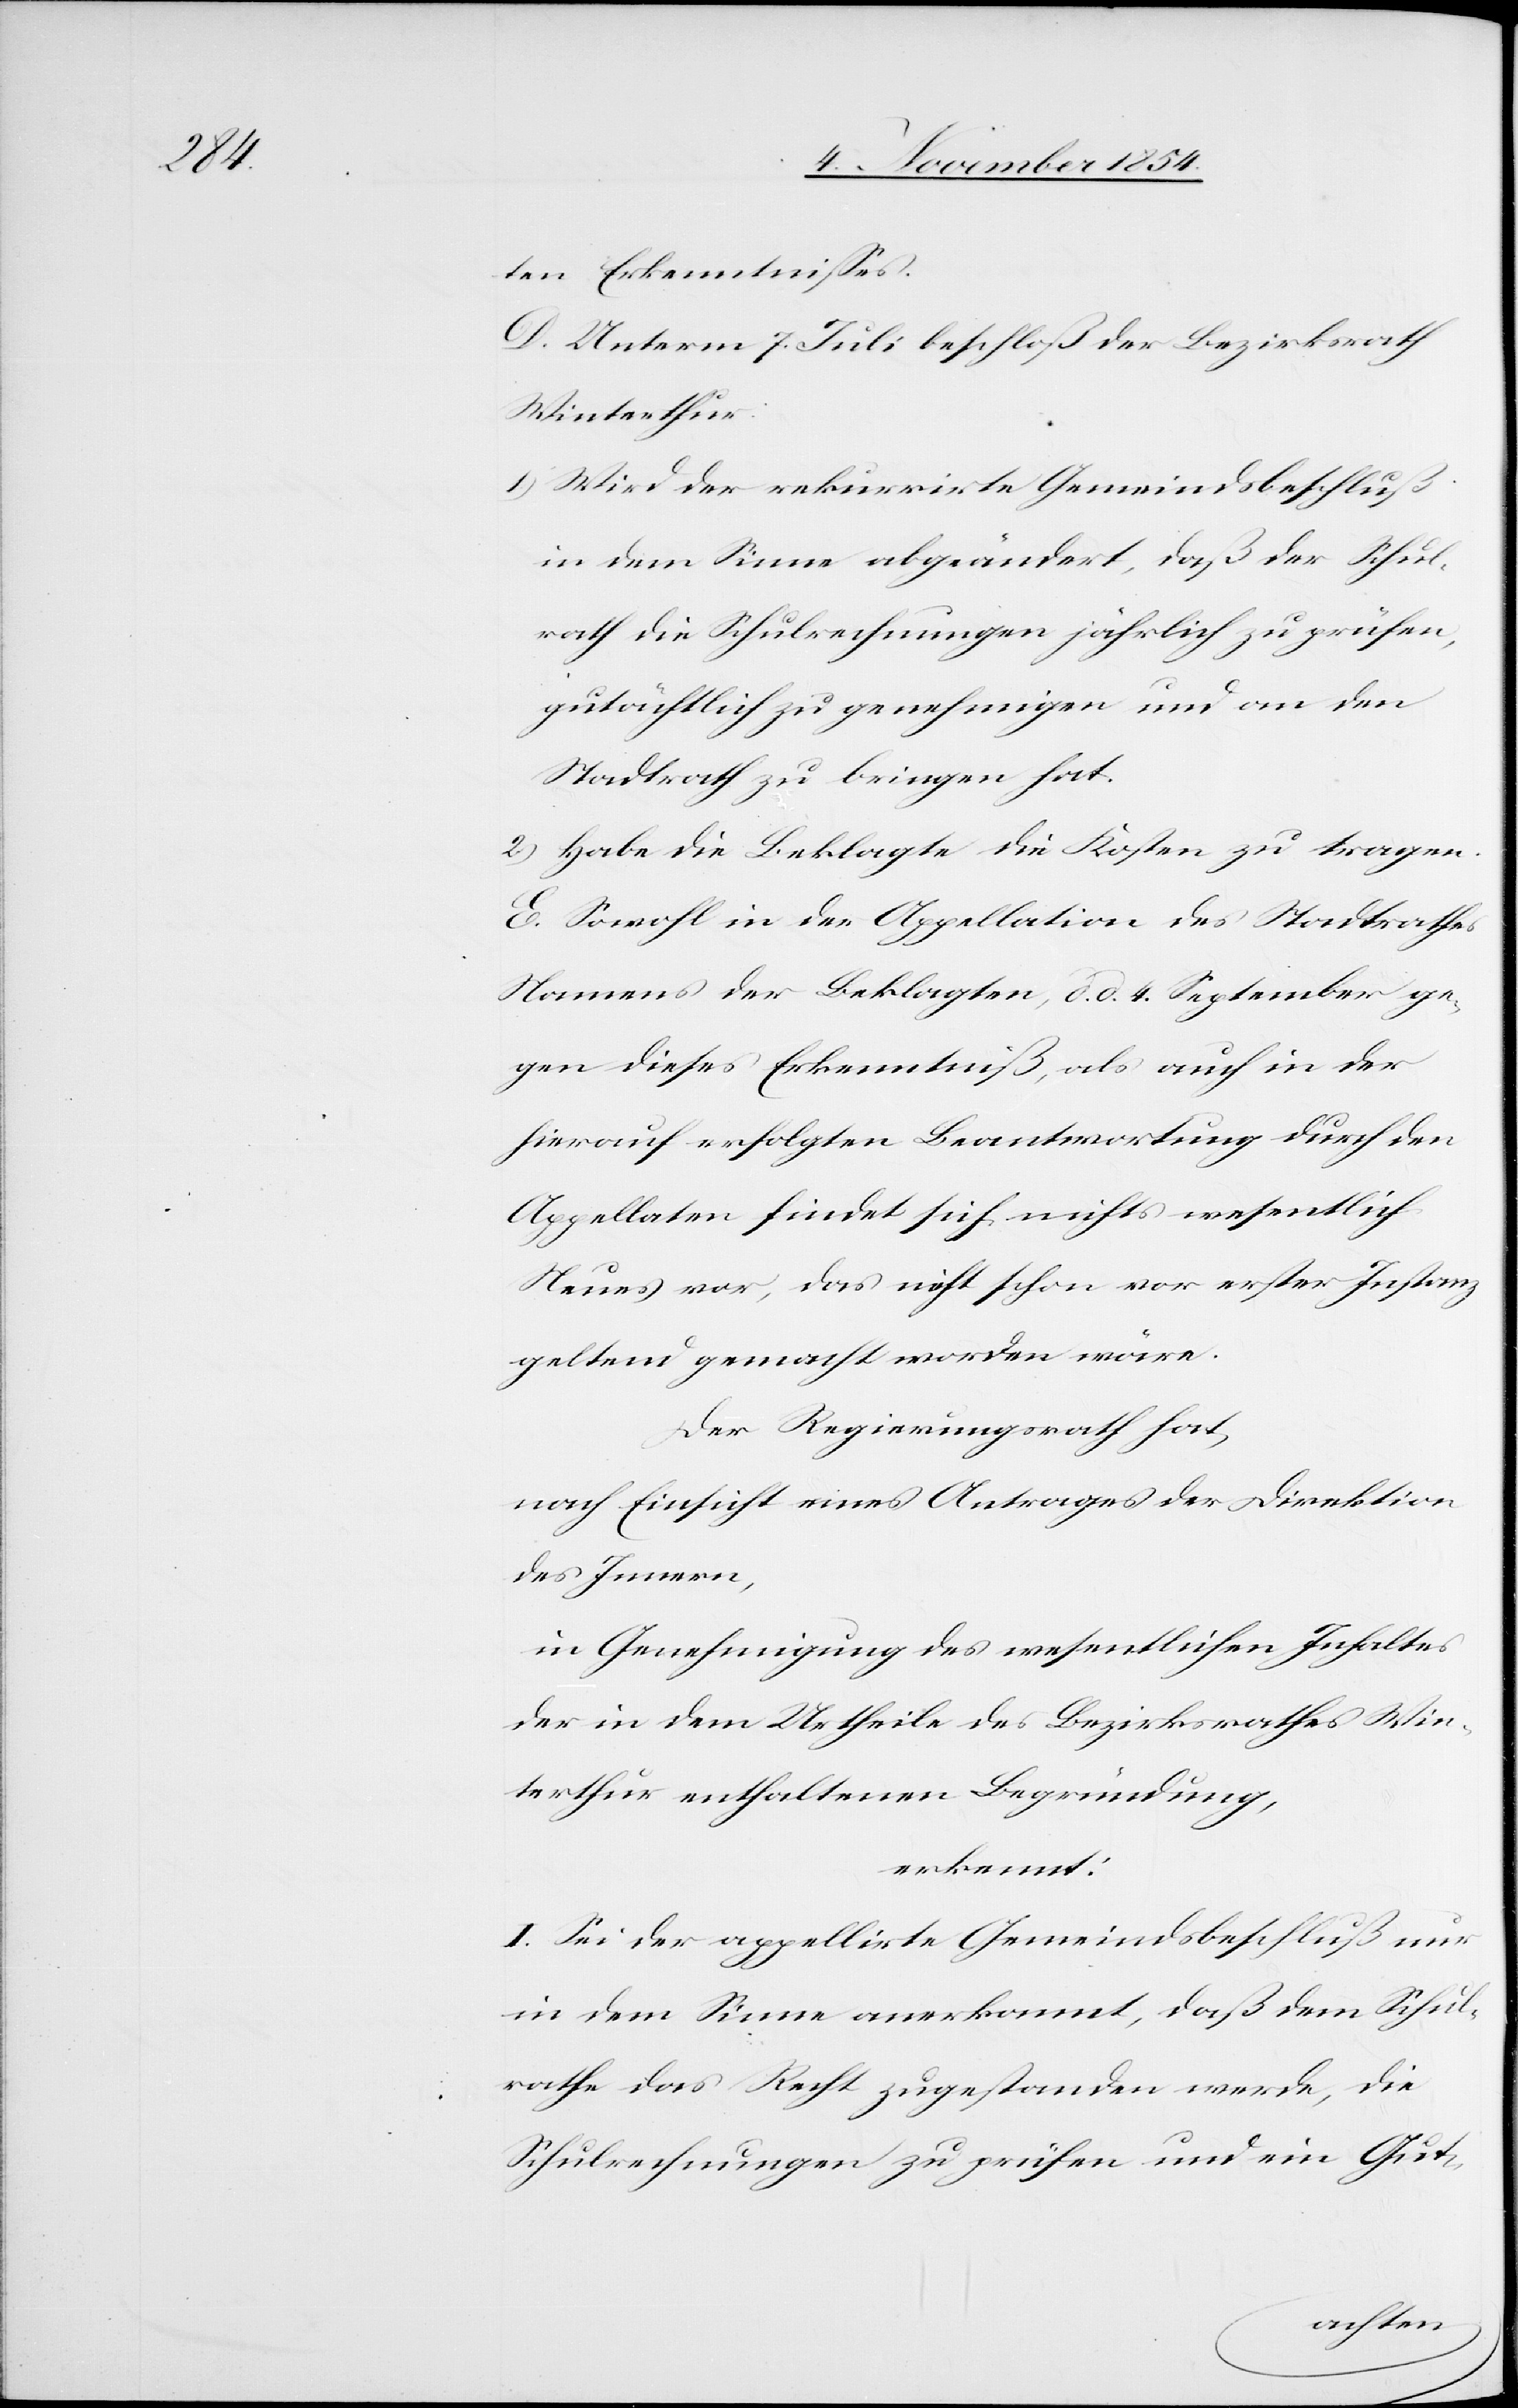
ten Erkenntnißes.
D. Unterm 7. Juli beschloß der Bezirksrath
Winterthur:
1.) Wird der rekurrirte Gemeindsbeschluß
in dem Sinne abgeändert, daß der Schul¬
rath die Schulrechnungen jährlich zu prüfen,
gutächtlich zu genehmigen und an den
Stadtrath zu bringen hat.
2.) Habe die Beklagte die Kosten zu tragen.
E. Sowohl in der Appellation des Stadtrathes
Namens der Beklagten, d. d. 4. September ge¬
gen dieses Erkenntniß, als auch in der
hierauf erfolgten Beantwortung durch den
Appellaten findet sich nichts wesentlich
Neues vor, das nicht schon vor erster Instanz
geltend gemacht worden wäre.
Der Regierungsrath hat,
nach Einsicht eines Antrages der Direktion
des Innern,
in Genehmigung des wesentlichen Inhaltes
der in dem Urtheile des Bezirksrathes Win¬
terthur enthaltenen Begründung,
erkennt.
I. Sei der appellirte Gemeindsbeschluß nur
in dem Sinne anerkannt, daß dem Schul¬
rathe das Recht zugestanden werde, die
Schulrechnungen zu prüfen und ein Gut-